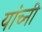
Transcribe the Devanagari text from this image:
यांच्नी